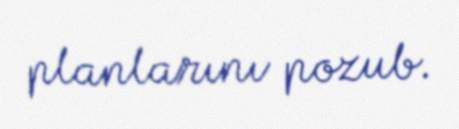
planlarını pozub.